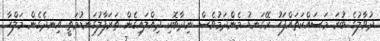
ދުވާލުގެ ބުރަ މަސައްކަތައްފަހު ރޭގަނޑު މެންދަމުވެސް ނިދާބޮކި ދިއްލައިގެން ތަރަފާލުގަނޑުމަތީ އިނދެގެން މަލްހާ